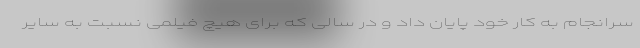
سرانجام به کار خود پایان داد و در سالی که برای هیچ فیلمی نسبت به سایر